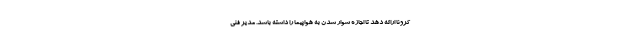
کرونا ارائه دهد تا اجازه سوار شدن به هواپیما را داشته باشد. مدیر فنی